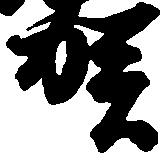
賀